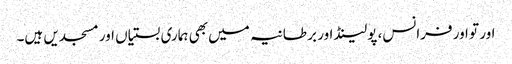
اور تو اور فرانس، پولینڈ اور بر طانیہ میں بھی ہماری بستیاں اور مسجدیں ہیں۔